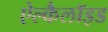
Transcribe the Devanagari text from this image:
ऐल्कैलॉइड